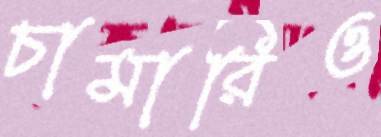
চামারিও